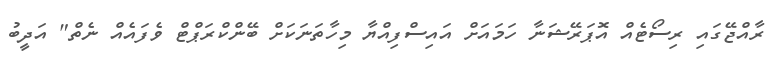
ރާއްޖޭގައި ރިސޯޓެއް އޮޕަރޭޝަނާ ހަމައަށް އައިސްފިއްޔާ މިހާތަނަކަށް ބޭންކްރަޕްޓް ވެފައެއް ނެތް" އަދީބު